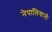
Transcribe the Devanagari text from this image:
नेपालियानी